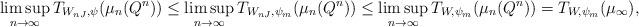
LaTeX: \begin{align*}\limsup_{n \to \infty} T_{W_{nJ}, \psi}(\mu_n(Q^n)) &\le \limsup_{n \to \infty} T_{W_{nJ},\psi_m}(\mu_n(Q^n)) \le \limsup_{n \to \infty} T_{W,\psi_m}(\mu_n(Q^n)) = T_{W,\psi_m}(\mu_\infty), \end{align*}